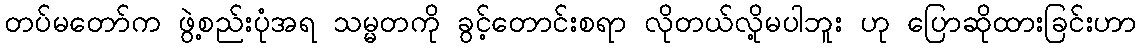
တပ်မတော်က ဖွဲ့စည်းပုံအရ သမ္မတကို ခွင့်တောင်းစရာ လိုတယ်လို့မပါဘူး ဟု ပြောဆိုထားခြင်းဟာ